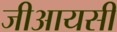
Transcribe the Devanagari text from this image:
जीआयसी